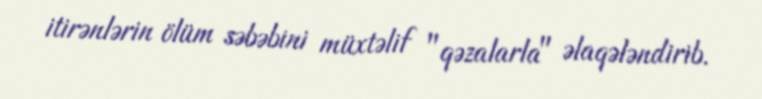
itirənlərin ölüm səbəbini müxtəlif "qəzalarla" əlaqələndirib.